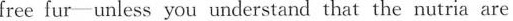
free fur-unless you understand that the nutria are